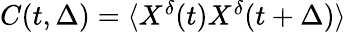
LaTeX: \begin{array}{r}{C(t,\Delta)=\langle X^{\delta}(t)X^{\delta}(t+\Delta)\rangle}\end{array}